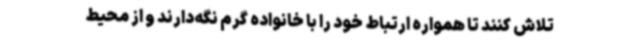
تلاش کنند تا همواره ارتباط خود را با خانواده گرم نگه‌دارند و از محیط